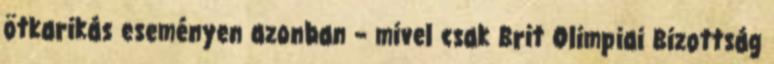
ötkarikás eseményen azonban – mivel csak Brit Olimpiai Bizottság